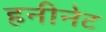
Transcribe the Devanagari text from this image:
हनीनेट